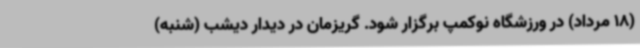
(18 مرداد) در ورزشگاه نوکمپ برگزار شود. گریزمان در دیدار دیشب (شنبه)